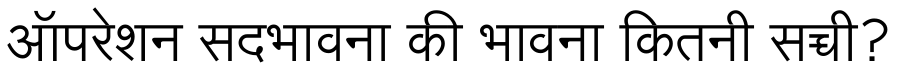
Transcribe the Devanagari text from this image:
ऑपरेशन सदभावना की भावना कितनी सच्ची?